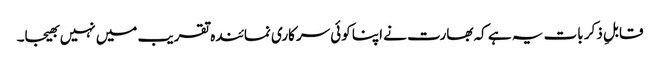
قابلِ ذکر بات یہ ہے کہ بھارت نے اپنا کوئی سرکاری نمائندہ تقریب میں نہیں بھیجا۔